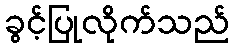
ခွင့်ပြုလိုက်သည်